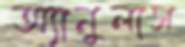
অ্যানুলাস